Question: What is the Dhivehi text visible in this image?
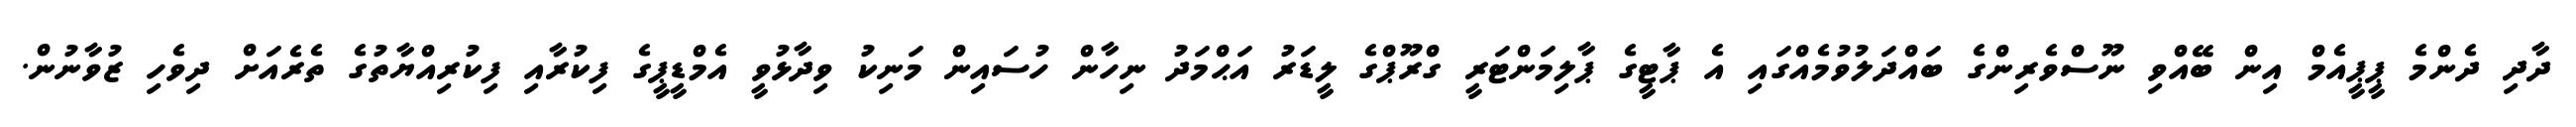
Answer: ދާދި ދެންމެ ޕީޕީއެމް އިން ބޭއްވި ނޫސްވެރިންގެ ބައްދަލުވުމެއްގައި އެ ޕާޓީގެ ޕާލިމަންޓަރީ ގްރޫޕްގެ ލީޑަރު އަޙްމަދު ނިހާން ހުސައިން މަނިކު ވިދާޅުވީ އެމްޑީޕީގެ ފިކުރާއި ފިކުރިއްޔާތުގެ ތެރެއަށް ދިވެހި ޒުވާނުން.